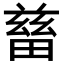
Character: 𤲸